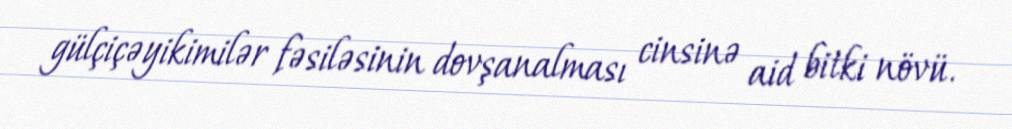
gülçiçəyikimilər fəsiləsinin dovşanalması cinsinə aid bitki növü.